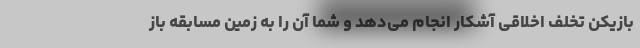
بازیکن تخلف اخلاقی آشکار انجام می‌دهد و شما آن را به زمین مسابقه باز